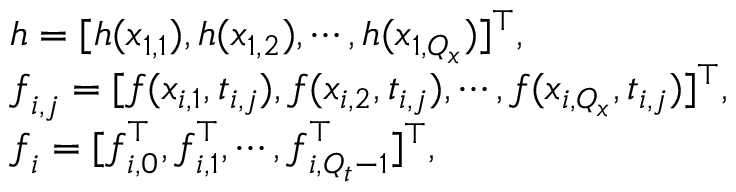
\begin{array} { r l } & { \boldsymbol { h } = [ h ( \boldsymbol { x } _ { 1 , 1 } ) , h ( \boldsymbol { x } _ { 1 , 2 } ) , \cdots , h ( \boldsymbol { x } _ { 1 , Q _ { x } } ) ] ^ { \top } , } \\ & { \boldsymbol { f } _ { i , j } = [ f ( \boldsymbol { x } _ { i , 1 } , t _ { i , j } ) , f ( \boldsymbol { x } _ { i , 2 } , t _ { i , j } ) , \cdots , f ( \boldsymbol { x } _ { i , Q _ { x } } , t _ { i , j } ) ] ^ { \top } , } \\ & { \boldsymbol { f } _ { i } = [ \boldsymbol { f } _ { i , 0 } ^ { \top } , \boldsymbol { f } _ { i , 1 } ^ { \top } , \cdots , \boldsymbol { f } _ { i , Q _ { t } - 1 } ^ { \top } ] ^ { \top } , } \end{array}